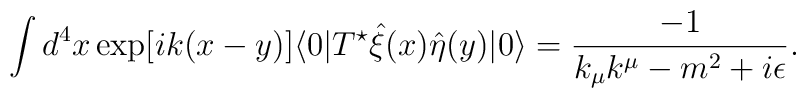
\int d^{4}x\exp[ik(x-y)]\langle0|T^{\star}\hat{\xi}(x)\hat{\eta}(y)|0\rangle=\frac{-1}{k_{\mu}k^{\mu}-m^{2}+i\epsilon}.